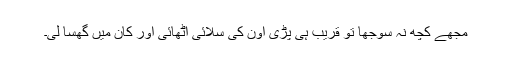
مجھے کچھ نہ سوجھا تو قریب ہی پڑی اون کی سلائی اٹھائی اور کان میں گھسا لی۔